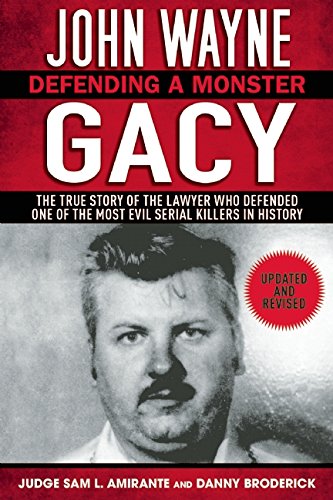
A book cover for John Wayne Gacy: Defending a Monster; Sam L. Amirante; Law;